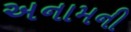
અનામની